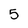
Character: 5